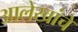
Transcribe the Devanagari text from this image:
आलेखांचे